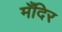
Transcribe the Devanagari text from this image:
मँदिर